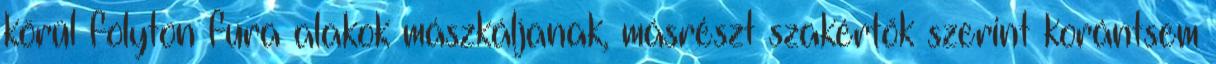
körül folyton fura alakok mászkáljanak, másrészt szakértők szerint korántsem